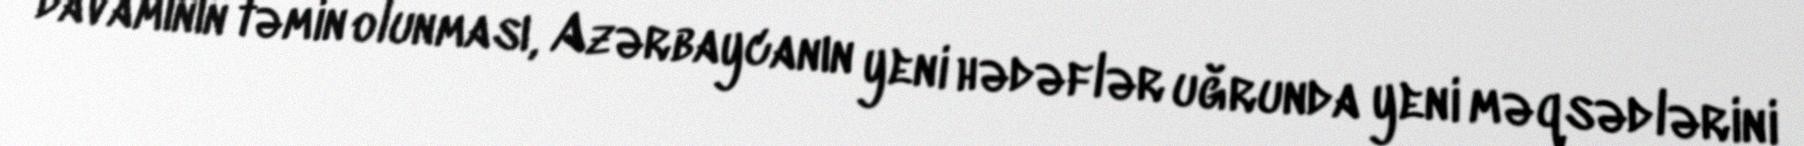
davamının təmin olunması, Azərbaycanın yeni hədəflər uğrunda yeni məqsədlərini